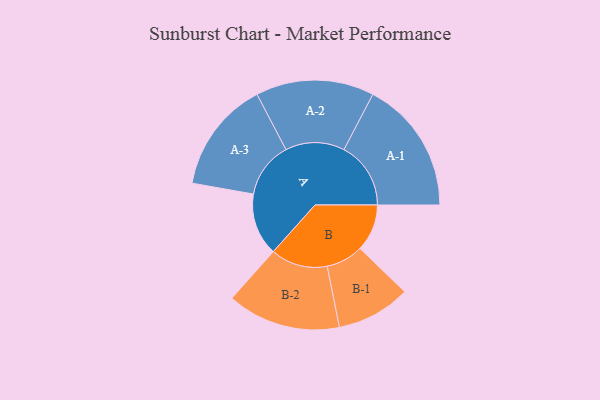
{"axis": {"x": "Segment", "y": "Value"}, "legend": ["", "A", "B"], "data": [{"x": "A", "y": 269, "type": ""}, {"x": "B", "y": 203, "type": ""}, {"x": "A-1", "y": 288, "type": "A"}, {"x": "A-2", "y": 255, "type": "A"}, {"x": "A-3", "y": 241, "type": "A"}, {"x": "B-1", "y": 160, "type": "B"}, {"x": "B-2", "y": 245, "type": "B"}]}